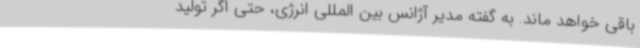
باقی خواهد ماند. به گفته مدیر آژانس بین المللی انرژی، حتی اگر تولید